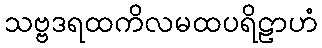
သဗ္ဗဒရထကိလမထပရိဠာဟံ